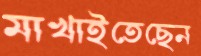
মাখাইতেছেন